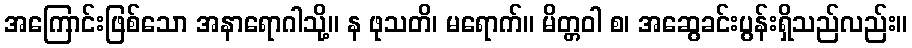
အကြောင်းဖြစ်သော အနာရောဂါသို့။ န ဖုသတိ၊ မရောက်။ မိတ္တဝါ စ၊ အဆွေခင်းပွန်းရှိသည်လည်း။